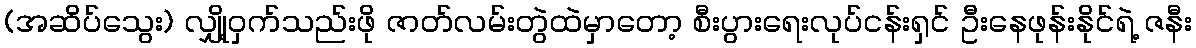
(အဆိပ်သွေး) လျှို့ဝှက်သည်းဖို ဇာတ်လမ်းတွဲထဲမှာတော့ စီးပွားရေးလုပ်ငန်းရှင် ဦးနေဖုန်းနိုင်ရဲ့ ဇနီး